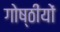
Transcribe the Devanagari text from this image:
गोष्ठींयों